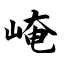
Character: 崦